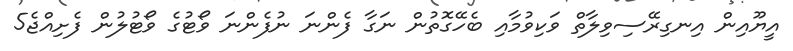
އީޔޫއިން އިނގިރޭސިވިލާތް ވަކިވުމާއި ބެހޭގޮތުން ނަގާ ފެންނަ ނުފެންނަ ވޯޓުގެ ވޯޓުލުން ފެށިއްޖެ5